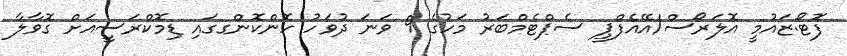
ފޮޓޯ:ޒައުމީ އޮލަރޯސް/އޭއެފްޕީ ސެޕްޓެމްބަރު މަހުގެ 9 ވަނަ ދުވަހު ހޮންކޮންގގައި ޑިމޮކްރަސީއަށް ގޮވާލާ